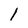
Character: l